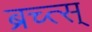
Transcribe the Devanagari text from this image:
ब्रच्त्स्